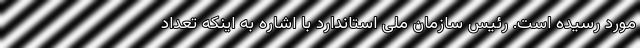
مورد رسیده است. رئیس سازمان ملی استاندارد با اشاره به اینکه تعداد